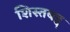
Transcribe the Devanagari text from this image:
शिस्तबद्द